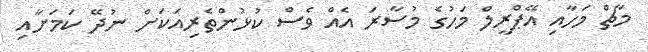
މާޗް މަހާއި އޭޕްރީލް މަހުގެ މުސާރަ އެއް ވެސް ކުޅުންތެރިއަކަށް ނުދޭ ކަމަށާއި